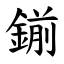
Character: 鎆